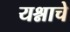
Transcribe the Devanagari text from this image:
यश्नाचे